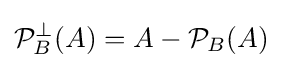
{\mathcal {P}}_{B}^{\perp }(A)=A-{\mathcal {P}}_{B}(A)